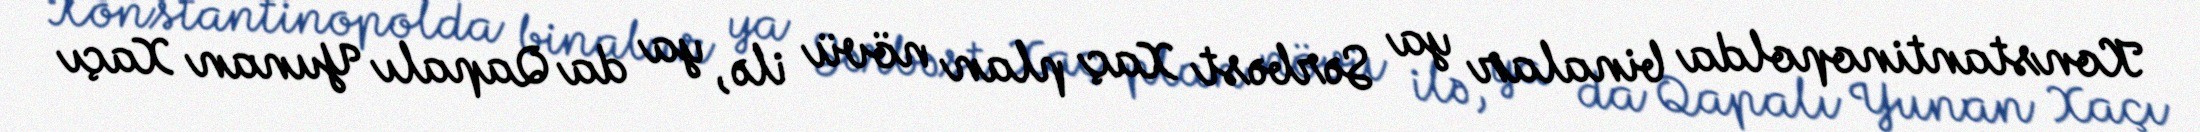
Konstantinopolda binalar ya Sərbəst Xaç plan növü ilə, ya da Qapalı Yunan Xaçı